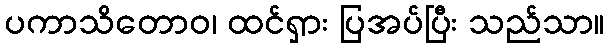
ပကာသိတောဝ၊ ထင်ရှား ပြအပ်ပြီး သည်သာ။